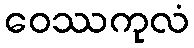
ဝေဿကုလံ